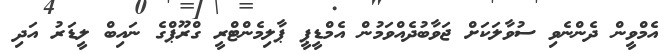
އެމްވީން ދެންނެވި ސުވާލަކަށް ޖަވާބުދެއްވަމުން އެމްޑީޕީ ޕާލިމެންޓްރީ ގްރޫޕްގެ ނައިބް ލީޑަރު އަދި